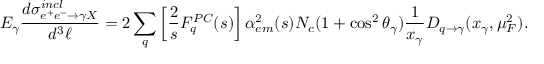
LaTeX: E _ { \gamma } { \frac { d \sigma _ { e ^ { + } e ^ { - } \rightarrow \gamma X } ^ { i n c l } } { d ^ { 3 } \ell } } = 2 \sum _ { q } \left[ { \frac { 2 } { s } } F _ { q } ^ { P C } ( s ) \right] \alpha _ { e m } ^ { 2 } ( s ) N _ { c } ( 1 + \cos ^ { 2 } \theta _ { \gamma } ) { \frac { 1 } { x _ { \gamma } } } D _ { q \rightarrow \gamma } ( x _ { \gamma } , \mu _ { F } ^ { 2 } ) .